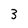
Character: 3